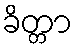
ခိတ္တာ